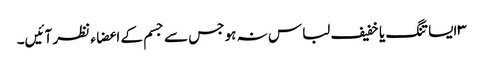
۳ایسا تنگ یا خفیف لباس نہ ہو جس سے جسم کے اعضاء نظر آئیں۔